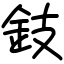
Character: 鈘